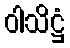
ဝါသိဋ္ဌံ